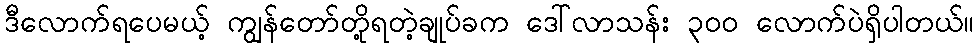
ဒီလောက်ရပေမယ့် ကျွန်တော်တို့ရတဲ့ချုပ်ခက ဒေါ်လာသန်း ၃၀ဝ လောက်ပဲရှိပါတယ်။